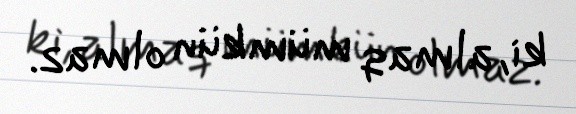
ki, almaq mümkün olmaz.